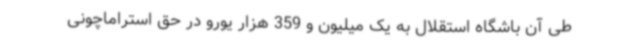
طی آن باشگاه استقلال به یک میلیون و 359 هزار یورو در حق استراماچونی